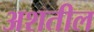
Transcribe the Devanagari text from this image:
अशतील